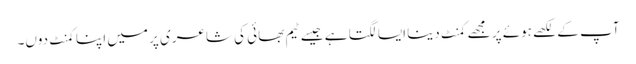
آپ کے لکھے ہوئے پر مجھے کمنٹ دینا ایسا لگتا ہے جیسے ٹیم بھائی کی شاعری پر میں اپنا کمنٹ دوں۔